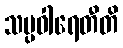
သမ္ပဝါရေတီတိ